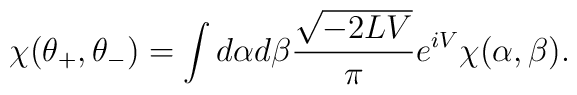
\chi(\theta_{+},\theta_{-})=\int d\alpha d\beta\frac{\sqrt{-2LV}}{\pi}e^{iV}\chi(\alpha,\beta).